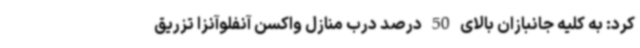
کرد: به کلیه جانبازان بالای 50 درصد درب منازل واکسن آنفلوآنزا تزریق